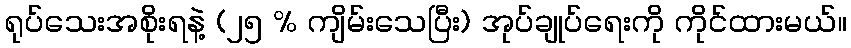
ရုပ်သေးအစိုးရနဲ့ (၂၅ % ကျိမ်းသေပြီး) အုပ်ချုပ်ရေးကို ကိုင်ထားမယ်။